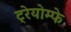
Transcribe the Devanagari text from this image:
ट्रेयोम्फे